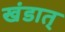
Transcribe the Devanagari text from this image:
खंडात्